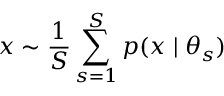
x \sim \frac { 1 } { S } \sum _ { s = 1 } ^ { S } p ( x \mid \theta _ { s } )